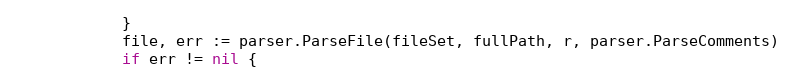
Language: Go
			}
			file, err := parser.ParseFile(fileSet, fullPath, r, parser.ParseComments)
			if err != nil {